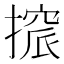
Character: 𢳦